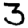
Digit: 3